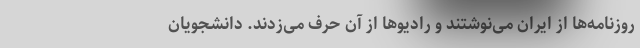
روزنامه‌ها از ایران می‌نوشتند و رادیوها از آن حرف می‌زدند. دانشجویان